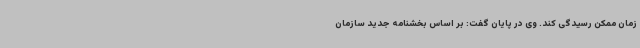
زمان ممکن رسیدگی کند. وی در پایان گفت: بر اساس بخشنامه جدید سازمان